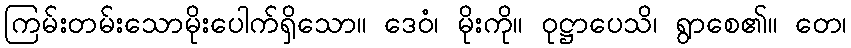
ကြမ်းတမ်းသောမိုးပေါက်ရှိသော။ ဒေဝံ၊ မိုးကို။ ဝုဋ္ဌာပေသိ၊ ရွာစေ၏။ တေ၊